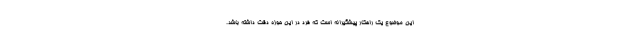
این موضوع یک راهکار پیشگیرانه است که فرد در این‌ حوزه دقت داشته باشد.